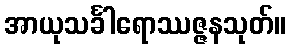
အာယုသင်္ခါရောဿဇ္ဇနသုတ်။